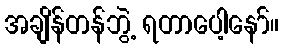
အချိန်တန်ဘွဲ့ ရတာပေါ့နော်။